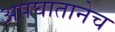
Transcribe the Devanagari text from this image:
अपघातानेच